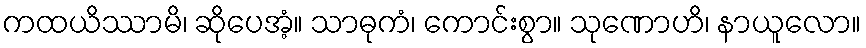
ကထယိဿာမိ၊ ဆိုပေအံ့။ သာဓုကံ၊ ကောင်းစွာ။ သုဏောဟိ၊ နာယူလော။